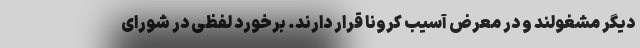
دیگر مشغولند و در معرض آسیب کرونا قرار دارند. برخورد لفظی در شورای